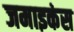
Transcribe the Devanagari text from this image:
जमाइकंस